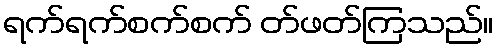
ရက်ရက်စက်စက် တ်ဖတ်ကြသည်။